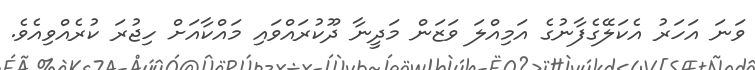
ވަނަ އަހަރު އެކަލޭގެފާނުގެ އަމިއްލަ ވަޒަން މަދީނާ ދޫކުރައްވައި މައްކާއަށް ހިޖުރަ ކުރެއްވިއެވެ.